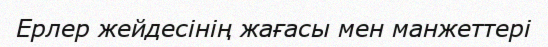
Ерлер жейдесінің жағасы мен манжеттері